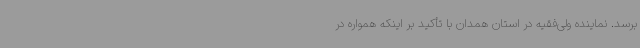
برسد. نماینده ولی‌فقیه در استان همدان با تأکید بر اینکه همواره در